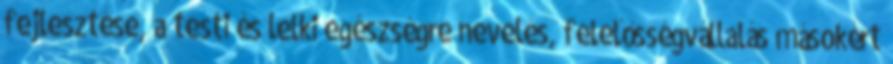
fejlesztése, a testi és lelki egészségre nevelés, felelősségvállalás másokért